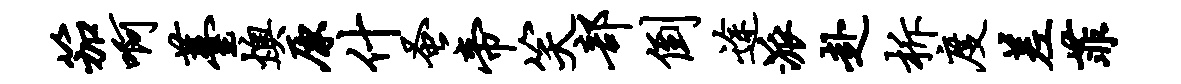
笳啊薹燠原什蚤帝笑部倒途派赴柝度差菲